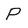
Character: P